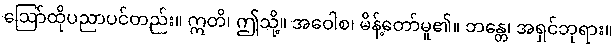
ဩော်ထိုပညာပင်တည်း။ ဣတိ၊ ဤသို့။ အဝေါစ၊ မိန့်တော်မူ၏။ ဘန္တေ၊ အရှင်ဘုရား။